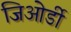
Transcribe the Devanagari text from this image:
जिओर्डी